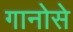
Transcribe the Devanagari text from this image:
गानोसे